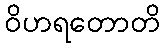
ဝိဟရတောတိ